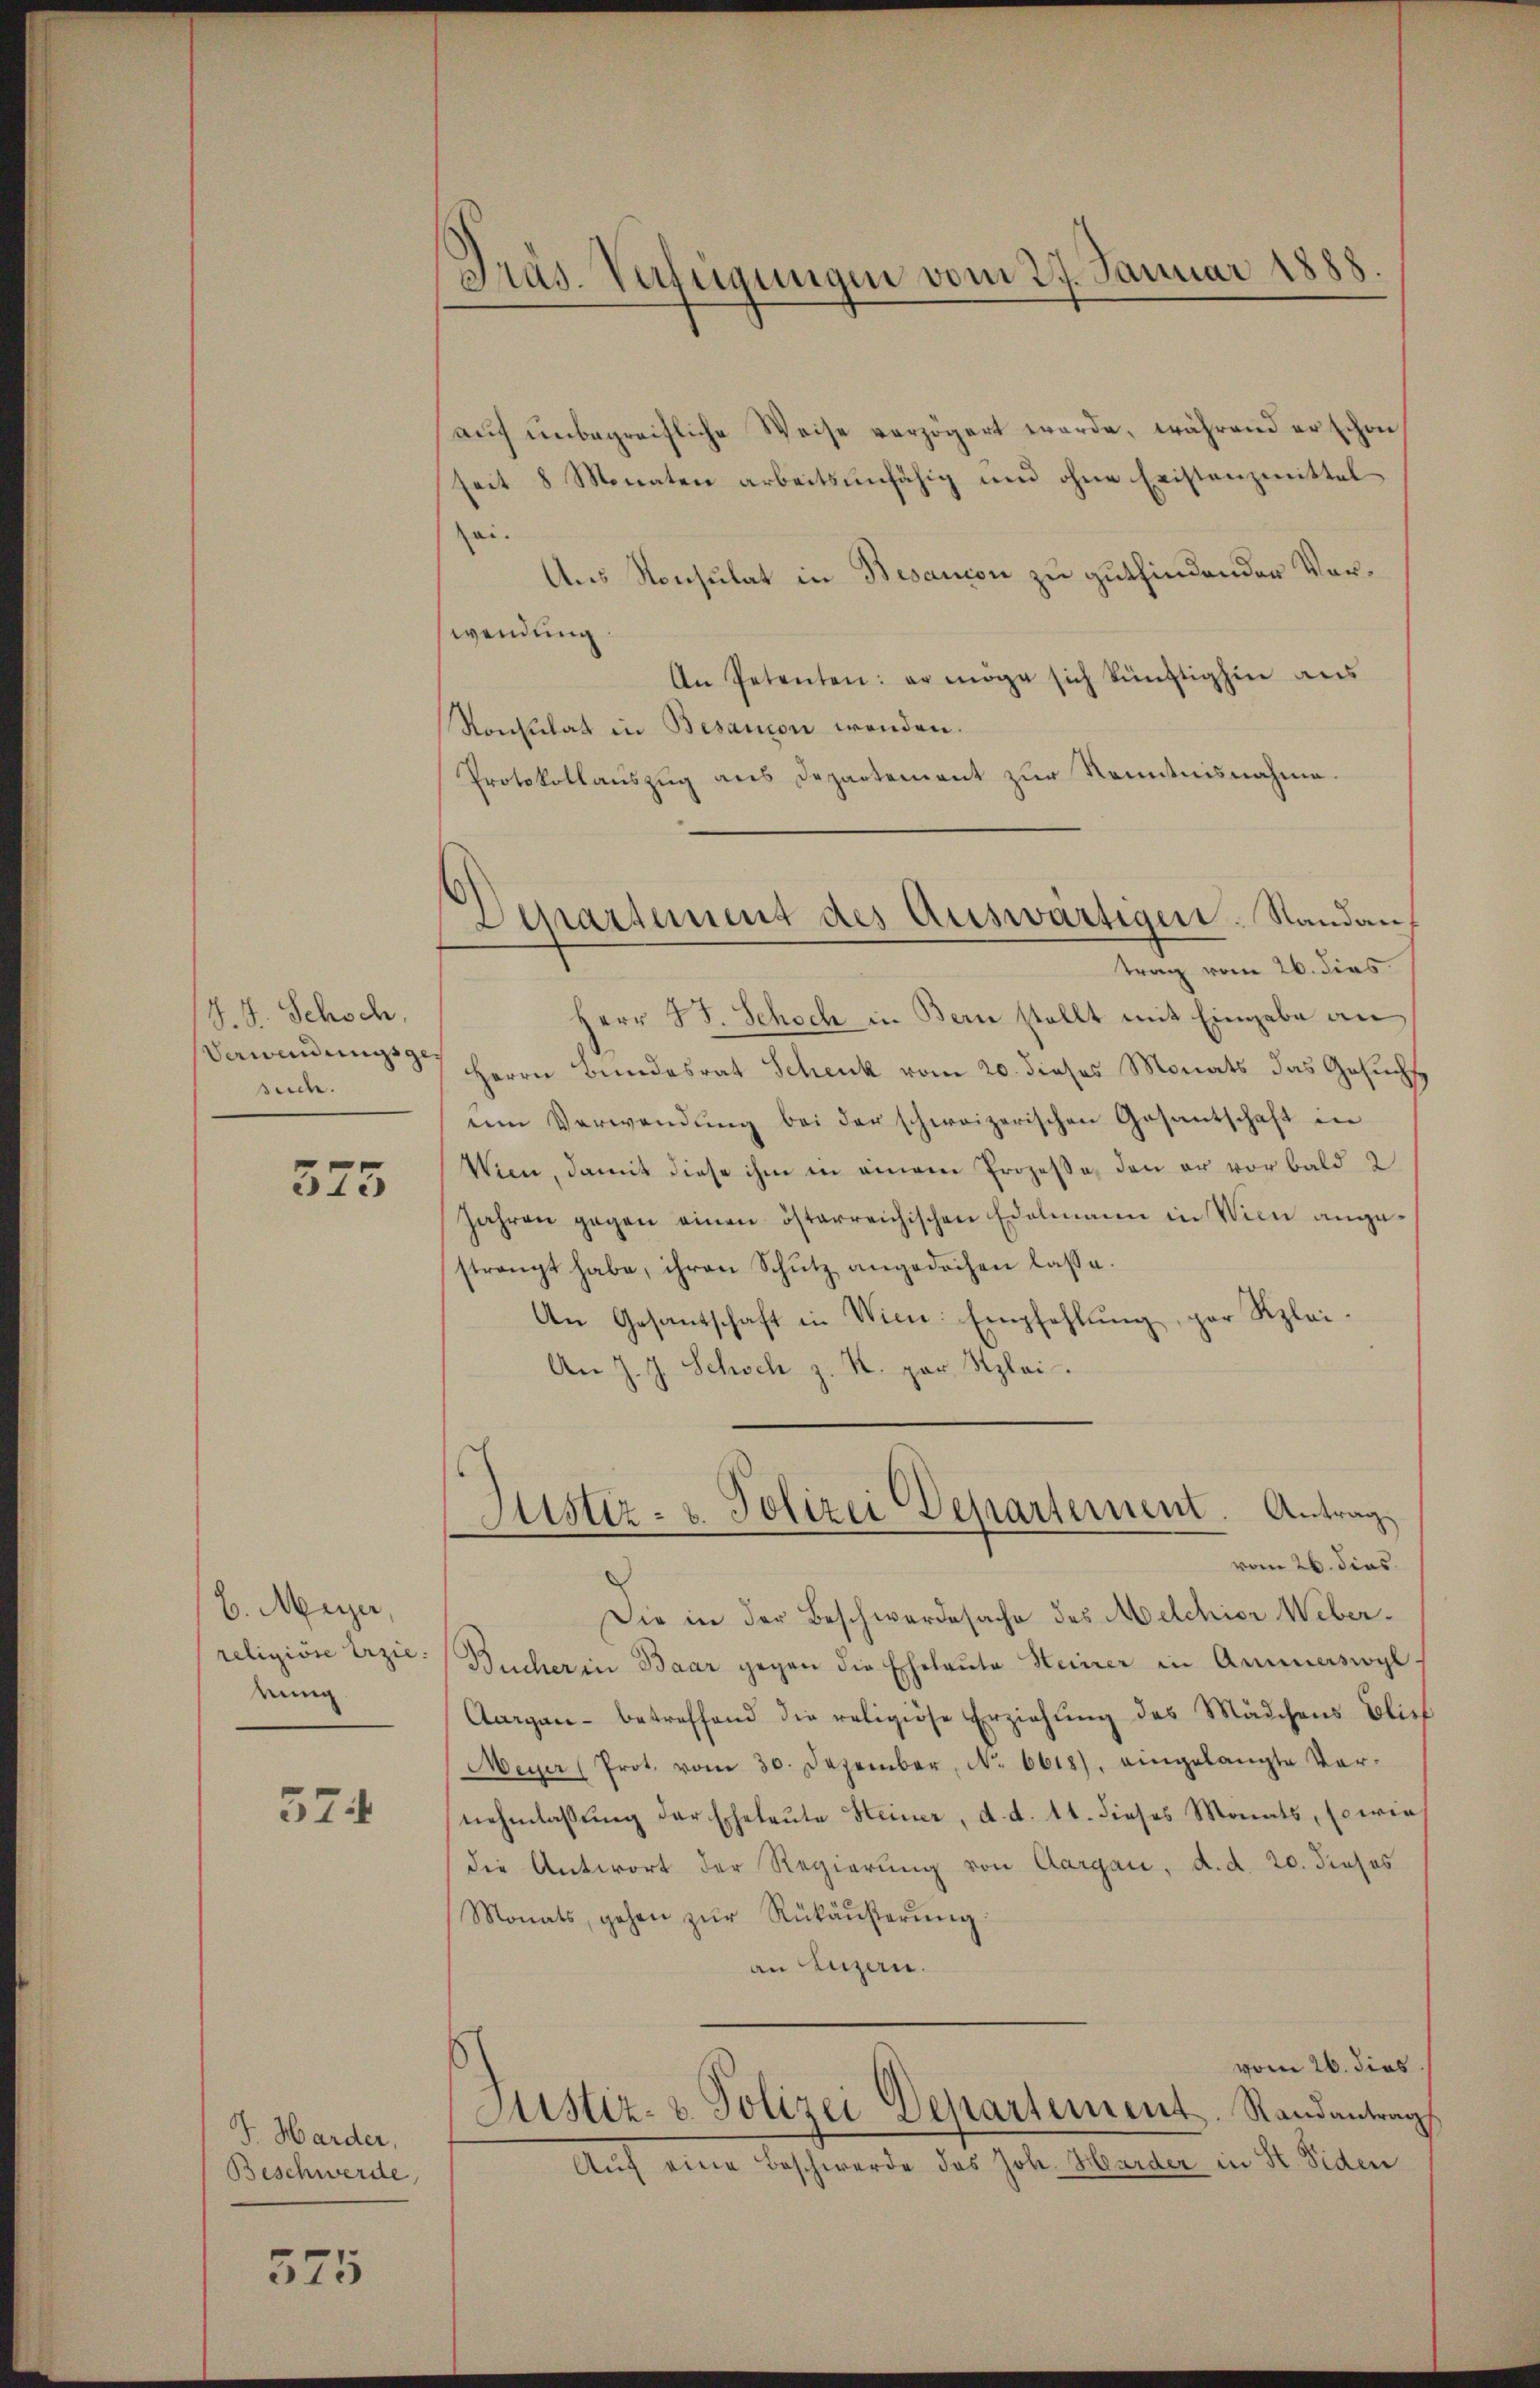
J. J. Schoch,
Verwendungsge
suche

575

H. Meyer,
religiöse Erziedung

574

J. Harder,
Beschwerde,

575

Präs. Verfügungen vom 27. Januar 1888

Departement des Auswärtigen Standan¬

aŭf ŭnbegreifliche Weise verzögert werde, während er schon
seit 8 Monaten arbeitsunfähig und ohne Existanzmittelsei.
Aus Konsulat in Besanion zu gutfindender Vorwendung
An Petenten: er möge sich künftighin aus
Konsulat in Besanion wenden.
Protokollauszug aus Departement zur Kenntnisnahme.
trag vom 26. dies
Herr B. Schoch in Bern stellt mit Eingabe an
Herrn Bŭndesrat Schenk vom 20. dieses Monats das Gesŭcht
ein Verwendŭng bei der schweizerischen Gesantschaft in
Wien, damit diese ihm in einem Prozeße, den er vor bald 2
Jahren gegen einen österreichischen Edelmann in Wien angestrengt habe, ihren Schŭtz angedachen lasse.
An Gesantschaft in Wien. Empfehlŭng, par Rzlei-
An J. J. Schoch z. K. par plai

Justiz- u. Polizei Departement. Antrag.

vom 26. dies
Die in der Beschwerdesache des Melchior Weber¬
Bucher in Baar gegen die Eheleute Heiner in Ammerswyl.
Aargau betreffend die religiöse Erziehŭng des Mädchens blief
Meyer (Prot. vom 30. Dezember, N. 6618). eingelangte Ver-
nehmlassung der Eheleute Steiner, d. d. 11. dieses Monats, sowie
die Antwort der Regierung von Aargau, d. d. 20. dieses
Monats, gehen zur Rükäußerung
an Anzen.
vom 26. dies
Justiz- & Polizei Departement. Randantrag
Auf eine Beschwerde des Joh. Harder in H. Siden